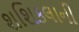
શશિકલાની